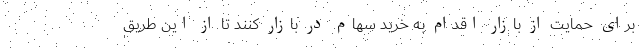
برای حمایت از بازار اقدام به خرید سهام در بازار کنند تا از این طریق